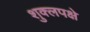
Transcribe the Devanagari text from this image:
शुक्लपक्षे